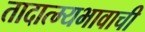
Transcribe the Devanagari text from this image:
तादात्म्यभावाची